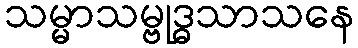
သမ္မာသမ္ဗုဒ္ဓသာသနေ